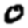
Digit: 0